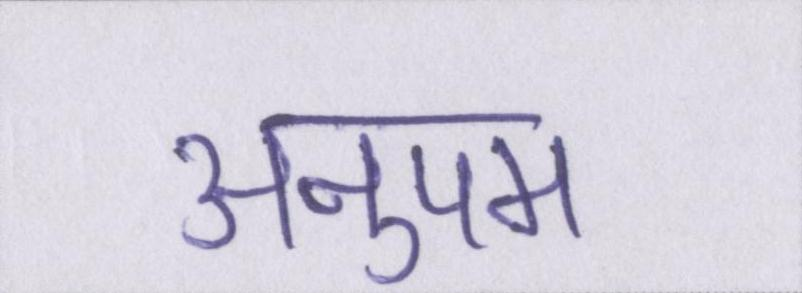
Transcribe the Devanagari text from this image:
अनुपम